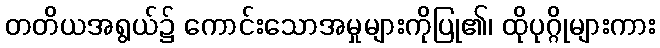
တတိယအရွယ်၌ ကောင်းသောအမှုများကိုပြု၏၊ ထိုပုဂ္ဂိုများကား